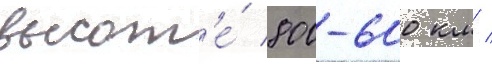
высот'е́ 800-600 км /